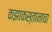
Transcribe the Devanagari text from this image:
कझाकस्तानाचा